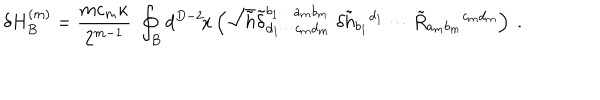
\delta H _ { B } ^ { ( m ) } = \frac { m c _ { m } \kappa } { 2 ^ { m - 1 } } \; \oint _ { B } d ^ { D - 2 } \! x \left( \sqrt { \tilde { h } } \tilde { \delta } _ { d _ { 1 } \cdots c _ { m } d _ { m } } ^ { b _ { 1 } \cdots a _ { m } b _ { m } } \; \delta \tilde { h } _ { b _ { 1 } } { } ^ { d _ { 1 } } \cdots \tilde { R } _ { a _ { m } b _ { m } } { } ^ { c _ { m } d _ { m } } \right) \ .